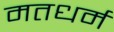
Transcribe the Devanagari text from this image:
मतधर्म